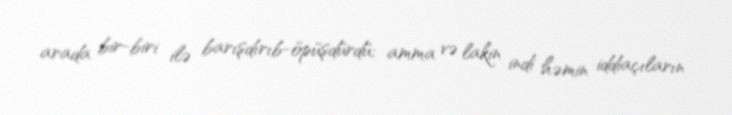
arada bir-biri ilə barışdırıb-öpüşdürdü; amma və lakin indi həmin iddiaçıların